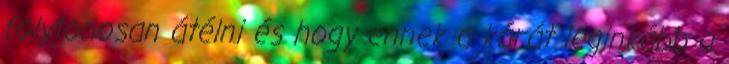
folytonosan átélni és hogy ennek a kárát leginkább a